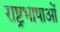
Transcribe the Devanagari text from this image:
राष्ट्रभाषाओं